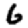
Digit: 6